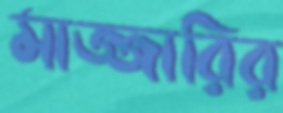
মাজ্জারির